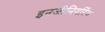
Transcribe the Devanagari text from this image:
इनजीनियरिँग